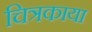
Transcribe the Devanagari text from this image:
चित्रकाया